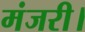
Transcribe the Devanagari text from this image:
मंजरी।